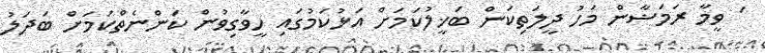
' ވީމާ ރަމަޟާން މަހު ދީލަތިކަން ބަޚީލުކަމަށް އަޅުކަމުގައި ހީވާގިވުން ކަންނެތްކަމަށް ބަދަލު